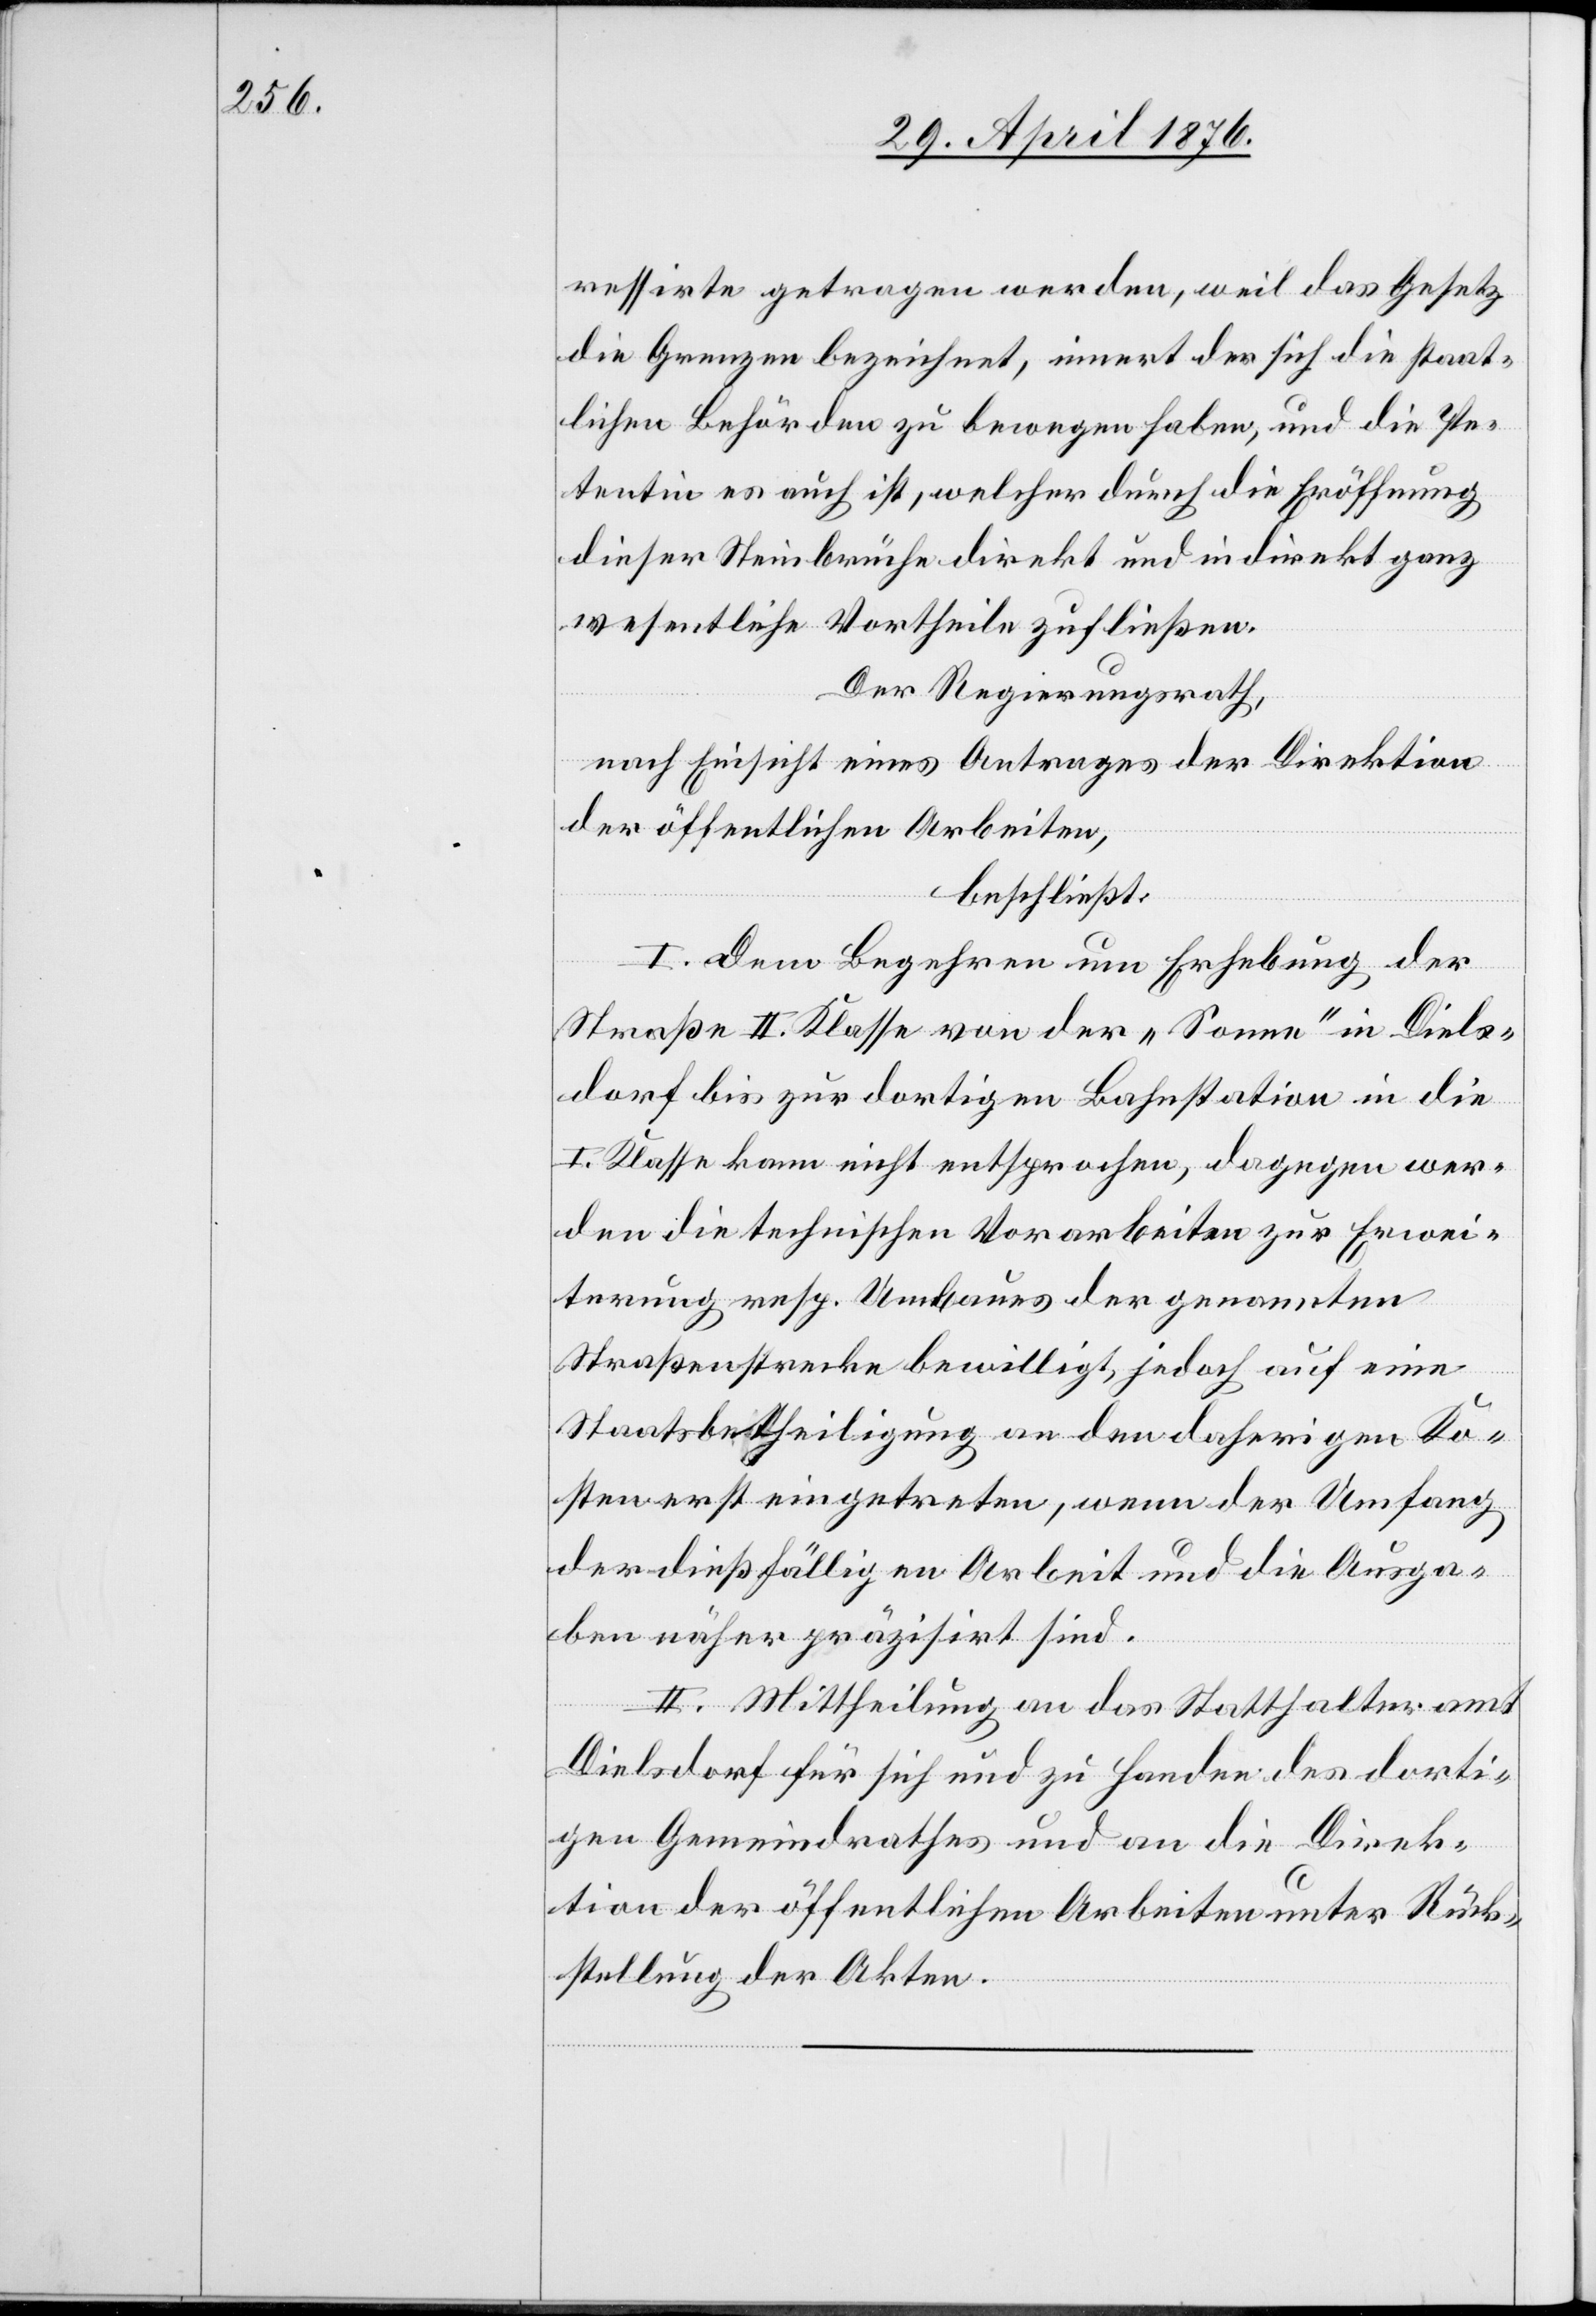
ressierte getragen werden, weil das Gesetz
die Grenzen bezeichnet, innert der sich die staat¬
lichen Behörden zu bewegen haben, und die Pe¬
tentin es auch ist, welcher durch die Eröffnung
dieser Steinbrüche direkt und indirekt ganz
wesentliche Vortheile zufließen.
Der Regierungsrath,
nach Einsicht eines Antrages der Direktion
der öffentlichen Arbeiten,
beschließt:
I. Dem Begehren um Erhebung der
Straße II. Klasse von der „Sonne“ in Diels¬
dorf zur dortigen Bahnstation in die
I. Klasse kann nicht entsprochen, dagegen wer¬
den die technischen Vorarbeiten zur Erwei¬
terung resp. Umbaues der genannten
Straßenstrecke bewilligt, jedoch auf eine
Staatsbetheiligung an den daherigen Ko¬
sten erst eingetreten, wenn der Umfang
der dießfälligen Arbeit und Ausga¬
ben näher präzisiert sind.
II.Mittheilung an das Statthalteramt
Dielsdorf für sich und zu Handen des dorti¬
gen Gemeindrathes und an die Direk¬
tion der öffentlichen Arbeiten unter Rück¬
stellung der Akten.